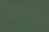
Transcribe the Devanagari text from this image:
फिरांगीजी